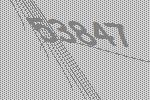
53847